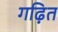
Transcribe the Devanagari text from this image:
गढ़ित